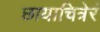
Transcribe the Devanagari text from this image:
छायाचित्रेरं